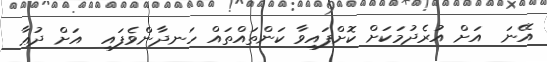
އޭނަ  އަށް އުރެދުމަކަށް ކޮށްފައިވާ ކަންތައްތައް ހަނދާންވެފައި  އަށް ދުޢާ